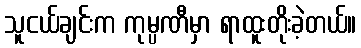
သူငယ်ချင်းက ကုမ္ပဏီမှာ ရာထူးတိုးခဲ့တယ်။